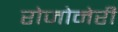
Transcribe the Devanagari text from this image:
रोजोनेरी